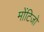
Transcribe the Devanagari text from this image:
मोंटिजो